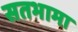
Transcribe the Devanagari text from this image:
सतभामा